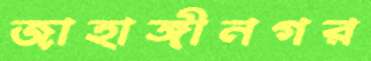
জাহাঙ্গীনগর